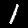
Label: 1